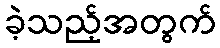
ခဲ့သည့်အတွက်